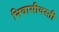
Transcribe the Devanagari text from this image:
निवासीवस्ती